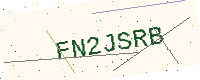
Text: FN2JSRB